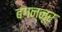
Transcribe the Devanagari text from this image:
बगन्नूर